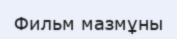
Фильм мазмұны